Black-water fever - Number 35
Disease focus: Fever
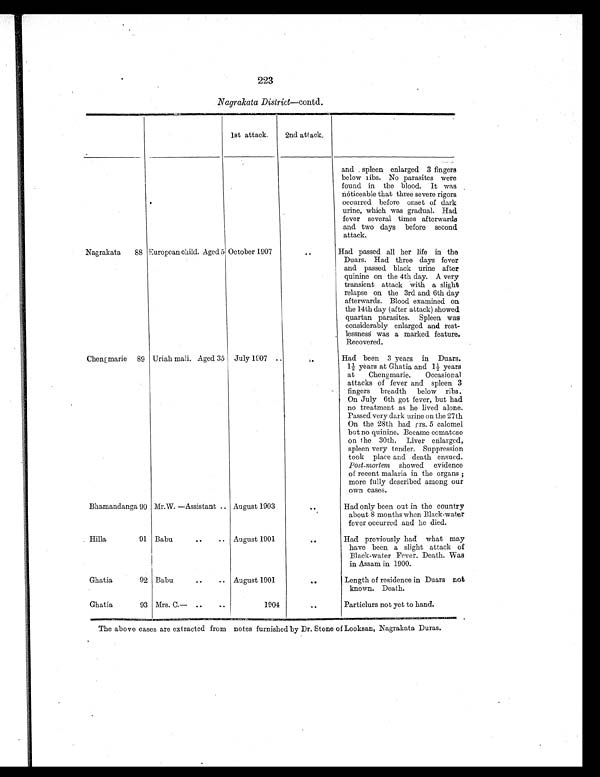
223
Nagrakata District—contd.
1st attack.
2nd attack.
and spleen enlarged 3 fingers
below ribs. No parasites were
found in the blood. It was
noticeable that three severe rigors
occurred before onset of dark
urine, which was gradual. Had
fever several times afterwards
and two days before second
attack.
Nagrakata
88 European child. Aged 51 October 1907
..
Had passed all her life in the
Duars. Had three days fever
and passed black urine after
quinine on the 4th day. A very
transient attack with a slight
relapse on the 3rd and 6th day
afterwards. Blood examined on
the 14th day (after attack) showed
quartan parasites. Spleen was
considerably enlarged and rest-
lessness was a marked feature.
Recovered.
Chengmarie 89 Uriah mali. Aged 35 July 1907 ..
. .
Had been 3 years in Duars.
1½ years at Ghatia and 1½ years
at Chengmarie. Occasional
attacks of fever and spleen 3
fingers breadth below ribs.
On July 6th got fever, but had
no treatment as he lived alone.
Passed very dark urine on the 27th
On the 28th had grs. 5 calomel
but no quinine. Became comatose
on the 30th. Liver enlarged,
spleen very tender. Suppression
took place and death ensued.
Post-mortem showed evidence
of recent malaria in the organs ;
more fully described among our
own cases.
Bhamandanga 90 Mr.W. —Assistant .. August 1903
. .
Had only been out in the country
about 8 months when Black-water
fever occurred and he died.
Hilla
91 Babu
. .
..
August 1901
. .
Had previously had what may
have been a slight attack of
Black-water Fever. Death. Was
in Assam in 1900.
Ghatia
92 Babu
..
.. August 1901
..
Length of residence in Duars not
known. Death.
Ghatia
93 Mrs. C.— ..
..
1904
..
Particlurs not yet to hand.
The above cases are extracted from notes furnished by Dr. Stone of Looksan, Nagrakata Duras.